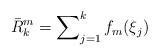
LaTeX: \begin{align*}\bar{R}_{k}^{m}=\sum\nolimits_{j=1}^{k}f_{m}(\xi_{j}) \end{align*}